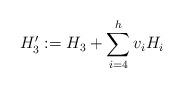
LaTeX: \begin{align*}H'_3:=H_3+\sum_{i=4}^h v_i H_i\end{align*}